Scottish Leaving Certificate Examination, 1956
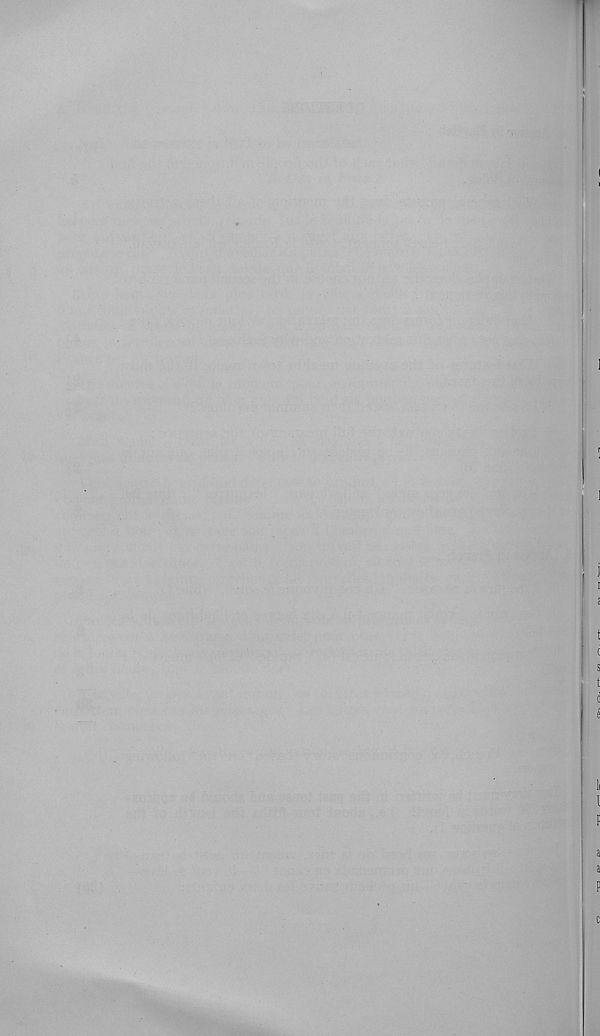
s
t
i
e
l i
l
F
a
a
P
c